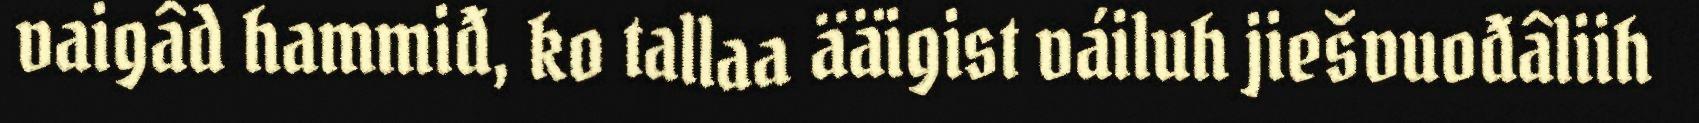
vaigâd hammiđ, ko tallaa ääigist váiluh jiešvuođâliih